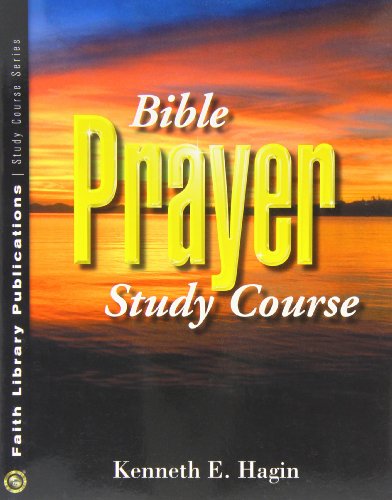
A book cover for Bible Prayer Study Course; Kenneth E. Hagin; Religion & Spirituality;